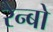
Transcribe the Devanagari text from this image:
रैन्बो